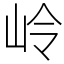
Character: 岭